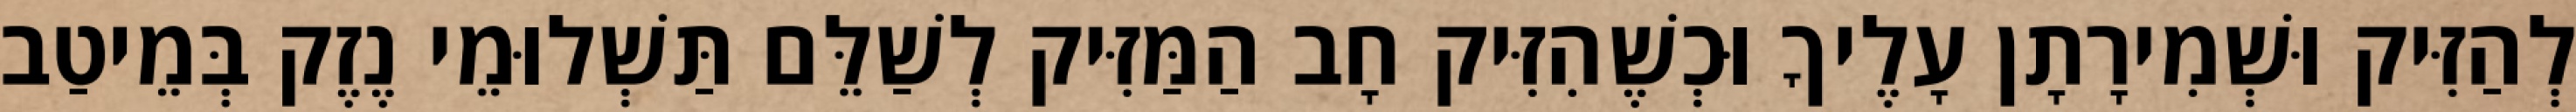
לְהַזִּיק וּשְׁמִירָתָן עָלֶיךָ וּכְשֶׁהִזִּיק חָב הַמַּזִּיק לְשַׁלֵּם תַּשְׁלוּמֵי נֶזֶק בְּמֵיטַב